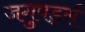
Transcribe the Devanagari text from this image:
जगुपर्ड्स